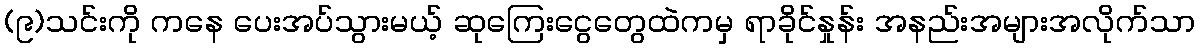
(၉)သင်းကို ကနေ ပေးအပ်သွားမယ့် ဆုကြေးငွေတွေထဲကမှ ရာခိုင်နှုန်း အနည်းအများအလိုက်သာ